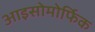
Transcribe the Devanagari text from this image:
आइसोमोर्फिक